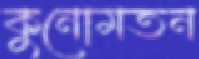
কুনোমতন